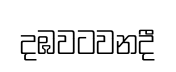
දඹවටවනදී